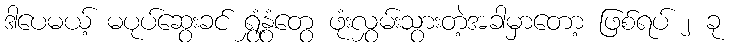
ဒါပေမယ့် မပုပ်ဆွေးခင် ရွှံ့နွံတွေ ဖုံးလွှမ်းသွားတဲ့အခါမှာတော့ ဖြစ်ရပ် ၂ ခု